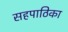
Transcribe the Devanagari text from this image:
सहपाठिका